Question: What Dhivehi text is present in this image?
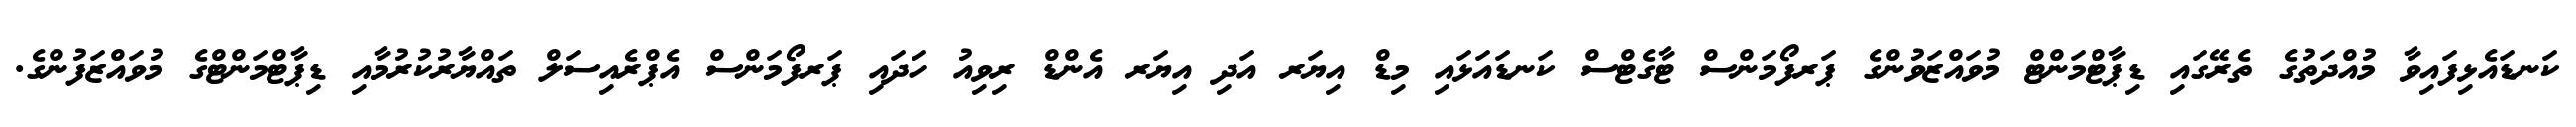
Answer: ކަނޑައެޅިފައިވާ މުއްދަތުގެ ތެރޭގައި ޑިޕާޓްމަންޓް މުވައްޒަވުންގެ ޕަރފޯމަންސް ޓާގެޓްސް ކަނޑައަޅައި މިޑް އިޔަރ އަދި އިޔަރ އެންޑް ރިވިއު ހަދައި ޕަރފޯމަންސް އެޕްރެއިސަލް ތައްޔާރުކުރުމާއި ޑިޕާޓްމަންޓްގެ މުވައްޒަފުންގެ.